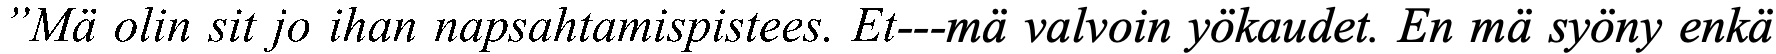
”Mä olin sit jo ihan napsahtamispistees. Et---mä valvoin yökaudet. En mä syöny enkä